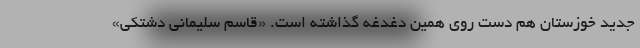
جدید خوزستان هم دست روی همین دغدغه گذاشته است. «قاسم سلیمانی دشتکی»